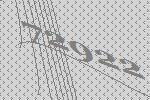
72922